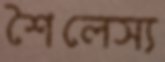
শৈলেস্য